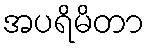
အပရိမိတာ